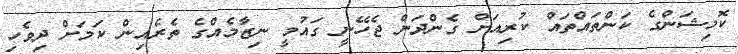
ކޮމިޝަންގެ ކަންތައްތައް ކުރިއަށް ގެންދަން ޖެހޭނީ ގައުމީ ނިޒާމެއްގެ ތެރެއިން ކަމަށް ދިވެހި